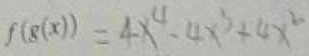
f ( g ( x ) ) = 4 x ^ { 4 } - 4 x ^ { 3 } + 4 x ^ { 2 }